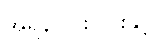
အရှိန်ပြင်းပြင်းနှင့်